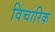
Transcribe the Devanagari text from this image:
विचारिक